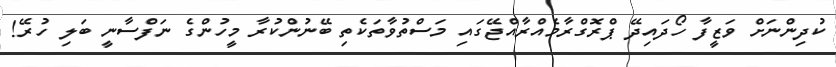
ކުދިންނަށް ވަޒީފާ ހޯދައިދޭ ޕްރޮގްރާމެއްރާއްޖޭގައި މަސްތުވާތަކެތި ބޭނުންކުރާ މީހުންގެ ނަފްސާނީ ބަލި ހުރޭ!